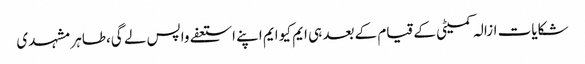
شکایات ازالہ کمیٹی کے قیام کے بعد ہی ایم کیو ایم اپنے استعفے واپس لے گی،طاہر مشہدی